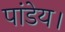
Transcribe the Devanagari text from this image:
पांडेय।